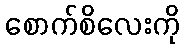
စောက်စိလေးကို